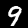
Digit: 9